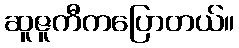
ဆူဇူကီကပြောတယ်။